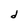
Character: d